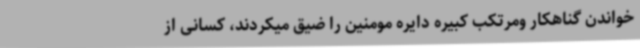
خواندن گناهکار ومرتکب کبیره دایره مومنین را ضیق میکردند، کسانی از